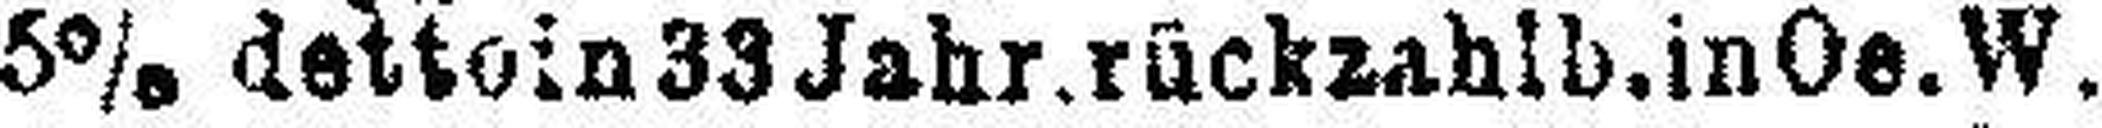
5% detto in 33 Jahr. rückzahlb. in Oe. W.